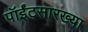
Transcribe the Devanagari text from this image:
पॉईंटसारख्या